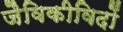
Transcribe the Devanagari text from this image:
जैविकीविदों